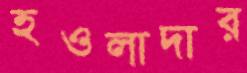
হওলাদার